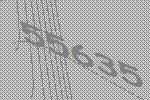
55635